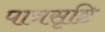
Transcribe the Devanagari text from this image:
पात्रसृष्टि